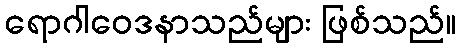
ရောဂါဝေဒနာသည်များ ဖြစ်သည်။